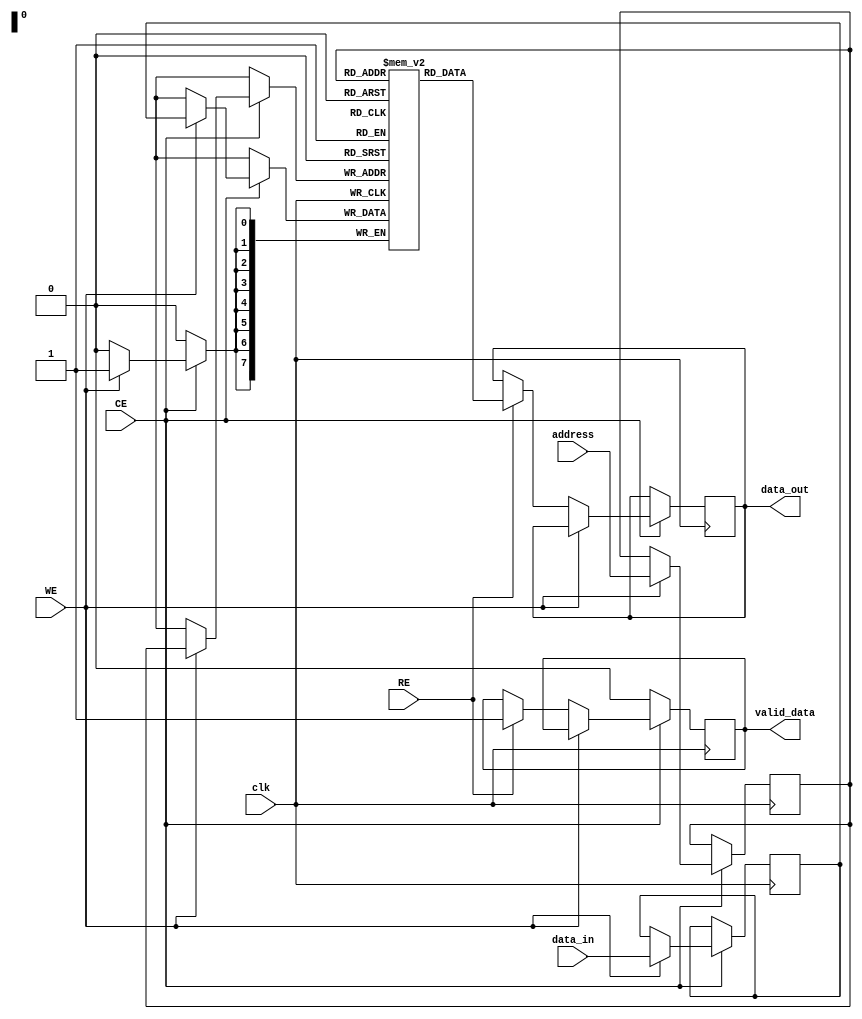
module io_blocks(
    input wire clk,
    input wire CE, // Chip Enable
    input wire WE, // Write Enable
    input wire RE, // Read Enable
    input wire [7:0] data_in, // Input Data
    output reg [7:0] data_out, // Output Data
    input wire [7:0] address, // Address Input
    output wire valid_data // Data Valid Signal
);

    // Internal signals
    reg [7:0] data_buffer; // Data Input Buffer
    wire [7:0] selected_data; // Data from memory array
    reg [7:0] memory_array [255:0]; // Example Memory Array (256 x 8 bits)
    reg [7:0] row, col; // Row and Column selection
    reg writing; // Flag indicating writing operation
    reg reading; // Flag indicating reading operation
    reg power_state; // Power Management State

    // Timing Control Logic
    always @(posedge clk) begin
        if (CE) begin
            if (WE) begin
                writing <= 1'b1;
                data_buffer <= data_in; // Latch data on write
                // Decode address
                {row, col} <= address;
                memory_array[{row, col}] <= data_buffer; // Write to the memory
            end else if (RE) begin
                reading <= 1'b1;
                data_out <= memory_array[{row, col}]; // Read from the memory
            end
        end else begin
            writing <= 1'b0;
            reading <= 1'b0;
        end
    end

    // Output Valid Signal
    assign valid_data = reading;

    // Power Management Circuitry for low-power standby mode
    always @(posedge clk) begin
        if (CE) begin
            power_state <= 1'b1; // Active State
        end else begin
            power_state <= 1'b0; // Standby State
        end
    end

endmodule